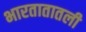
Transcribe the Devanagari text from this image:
भारतातातली